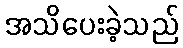
အသိပေးခဲ့သည်